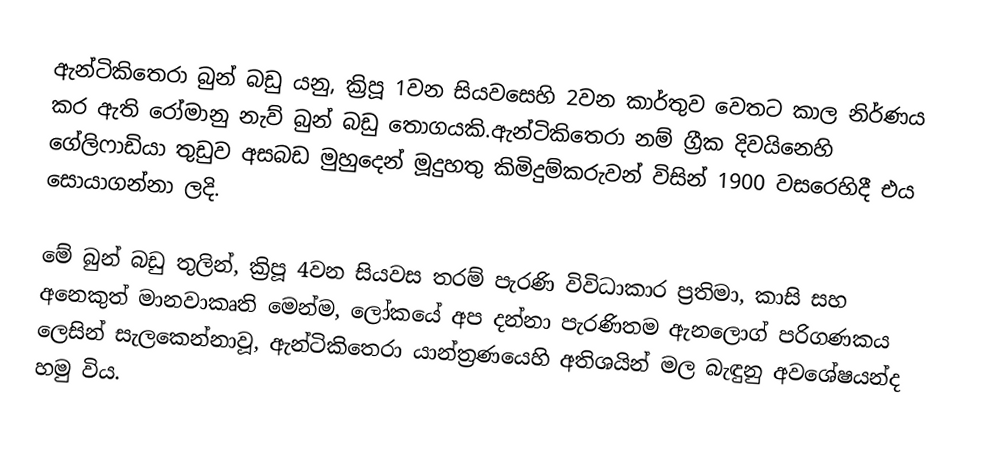
ඇන්ටිකිතෙරා බුන් බඩු  යනු,  ක්‍රිපූ 1වන සියවසෙහි 2වන කාර්තුව වෙතට කාල නිර්ණය කර ඇති රෝමානු නැව් බුන් බඩු තොගයකි.ඇන්ටිකිතෙරා නම් ග්‍රීක දිවයිනෙහි  ගේලිෆාඩියා තුඩුව අසබඩ මුහුදෙන් මූදුහතු කිමිදුම්කරුවන් විසින් 1900 වසරෙහිදී එය සොයාගන්නා ලදි.

මේ බුන් බඩු තුලින්, ක්‍රිපූ 4වන සියවස තරම් පැරණි විවිධාකාර ප්‍රතිමා, කාසි සහ අනෙකුත් මානවාකෘති  මෙන්ම, ලෝකයේ අප දන්නා පැරණිතම  ඇනලොග් පරිගණකය ලෙසින් සැලකෙන්නාවූ,  ඇන්ටිකිතෙරා යාන්ත්‍රණයෙහි අතිශයින් මල බැඳුනු අවශේෂයන්ද හමු විය.